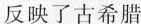
反映了古希腊